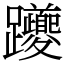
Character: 躨